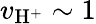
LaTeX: v_{\mathrm{H^{+}}}\sim 1